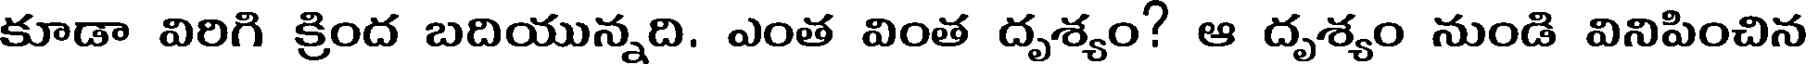
కూడా విరిగి క్రింద బదియున్నది. ఎంత వింత దృశ్యం? ఆ దృశ్యం నుండి వినిపించిన